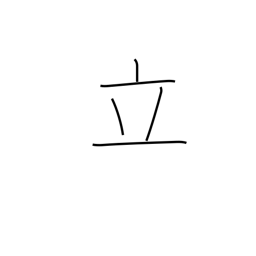
Meaning: set up